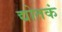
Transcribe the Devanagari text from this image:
द्योतकं